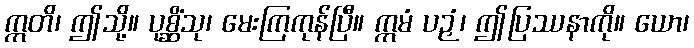
ဣတိ၊ ဤသို့။ ပုစ္ဆိံသု၊ မေးကြကုန်ပြီ။ ဣမံ ပဉှံ၊ ဤပြဿနာကို။ ယော၊